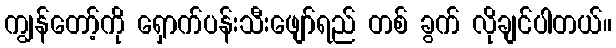
ကျွန်တော့်ကို ရှောက်ပန်းသီးဖျော်ရည် တစ် ခွက် လိုချင်ပါတယ်။